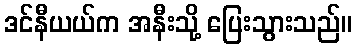
ဒင်နီယယ်က အနီးသို့ ပြေးသွားသည်။